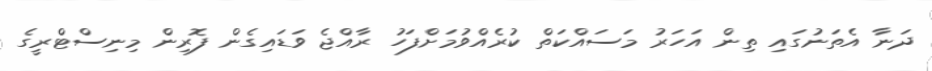
ދަނާ އެތަނުގައި ތިން އަަހަރު މަސައްކަތް ކުރެއްވުމަށްފަހު ރާއްޖެ ވަޑައިގެން ފޮރިން މިނިސްޓްރީގެ